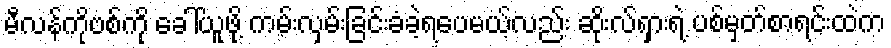
မီလန်ကိုဗစ်ကို ခေါ်ယူဖို့ ကမ်းလှမ်းခြင်းခံခဲ့ရပေမယ့်လည်း ဆိုးလ်ရှားရဲ့ ပစ်မှတ်စာရင်းထဲက